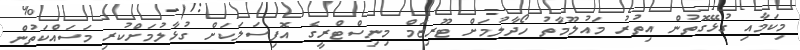
މިކަމާއި ގުޅޭގޮތުން އިތުރު މައުލޫމާތު ހޯދާލުމަށް ޓޫރިޒަމް މިނިސްޓްރީގެ އޮފިސަލަކަށް ގުޅާލުމަށްކުރި މަސައްކަތުން